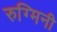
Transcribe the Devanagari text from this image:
रुग्मिनी